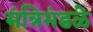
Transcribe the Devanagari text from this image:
मंत्रिमंडळे